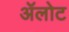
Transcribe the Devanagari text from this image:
ॲलोट